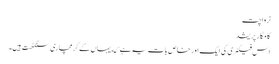
نرواچت
کامگار پریشد
اس فیکٹری کی ایک اور خاص بات یہ ہے که یہاں کے کرمچاری سنگٹھت ہیں۔